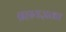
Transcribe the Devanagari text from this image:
ब्रह्मयज्ञका